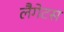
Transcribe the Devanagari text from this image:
लैगेटस